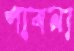
পাবনা